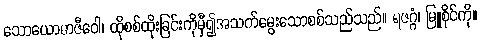
သောယောဓာဇီဝေါ၊ ထိုစစ်ထိုးခြင်းကိုမှီ၍အသက်မွေးသောစစ်သည်သည်။ ရဇဂ္ဂံ၊ မြူစိုင်ကို။